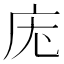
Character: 𭙓